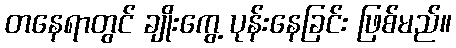
တနေရာတွင် ချိုးကွေ့ ပုန်းနေခြင်း ဖြစ်မည်။